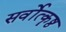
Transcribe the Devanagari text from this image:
सर्वोत्कॄष्ठ